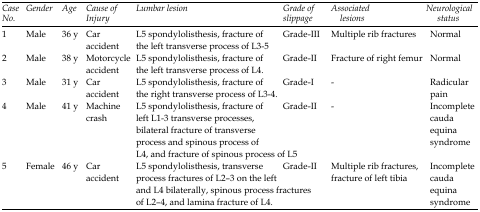
<table><thead><tr><td><b><i>Case No.</i></b></td><td><b><i>Gender</i></b></td><td><b><i>Age</i></b></td><td><b><i>Cause of Injury</i></b></td><td><b><i>Lumbar lesion</i></b></td><td><b><i>Grade of slippage</i></b></td><td><b><i>Associated lesions</i></b></td><td><b><i>Neurological status</i></b></td></tr></thead><tbody><tr><td>1</td><td>Male</td><td>36 y</td><td>Car accident</td><td>L5 spondylolisthesis, fracture of the left transverse process of L3-5</td><td>Grade-III</td><td>Multiple rib fractures</td><td>Normal</td></tr><tr><td>2</td><td>Male</td><td>38 y</td><td>Motorcycle accident</td><td>L5 spondylolisthesis, fracture of the left transverse process of L4. </td><td>Grade-II</td><td>Fracture of right femur</td><td>Normal </td></tr><tr><td>3</td><td>Male</td><td>31 y</td><td>Car accident</td><td>L5 spondylolisthesis, fracture of the right transverse process of L3-4.</td><td>Grade-I</td><td>-</td><td>Radicular pain</td></tr><tr><td>4</td><td>Male</td><td>41 y</td><td>Machine crash</td><td>L5 spondylolisthesis, fracture of left L1-3 transverse processes, bilateral fracture of transverse process and spinous process of L4, and fracture of spinous process of L5</td><td>Grade-II</td><td>-</td><td>Incomplete cauda equina syndrome</td></tr><tr><td>5</td><td>Female</td><td>46 y</td><td>Car accident</td><td>L5 spondylolisthesis, transverse process fractures of L2–3 on the left and L4 bilaterally, spinous process fractures of L2–4, and lamina fracture of L4.</td><td>Grade-II</td><td>Multiple rib fractures, fracture of left tibia</td><td>Incomplete cauda equina syndrome</td></tr></tbody></table>